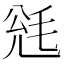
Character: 毤